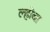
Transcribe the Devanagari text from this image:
ल्होबा